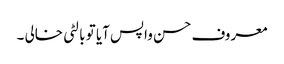
معروف حسن واپس آیا تو بالٹی خالی ۔